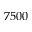
7 5 0 0